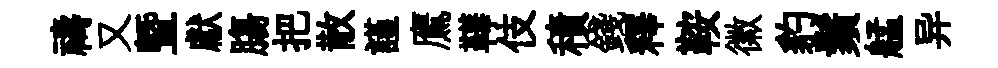
禱又曁獻膓把散謹鷹鞾伎積錢釋鞍徽豹鬚艋异